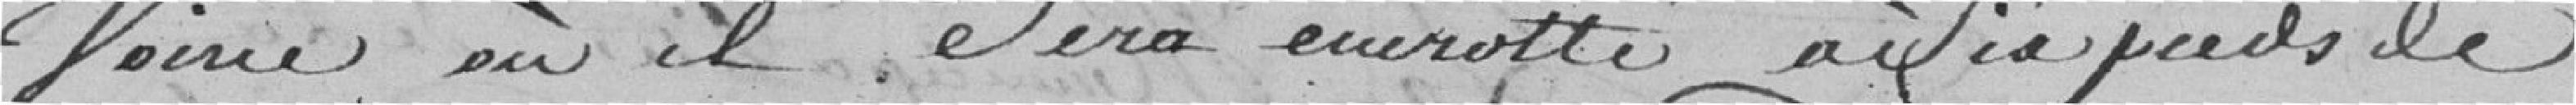
voirie où il sera encroûté à six pieds de